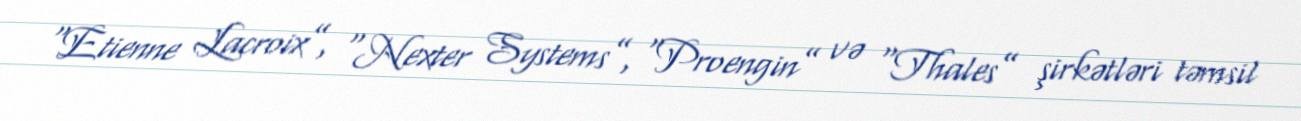
“Etienne Lacroix”, “Nexter Systems”, “Proengin” və “Thales” şirkətləri təmsil